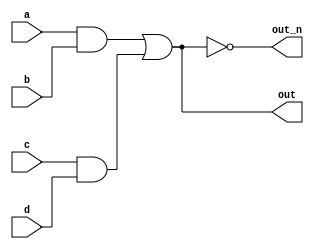
`default_nettype none
module top_module(
    input a,
    input b,
    input c,
    input d,
    output out,
    output out_n   ); 
    wire an1_o,an2_o;
    
    assign an1_o = a & b;
    assign an2_o = c & d;
    assign out = an1_o | an2_o;
    assign out_n = !out;

endmodule